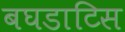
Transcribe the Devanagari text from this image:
बघडाटिस